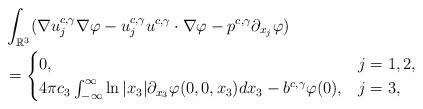
LaTeX: \begin{align*}&\int_{\mathbb{R}^{3}}(\nabla u_{j}^{c,\gamma}\nabla\varphi-u^{c,\gamma}_{j}u^{c,\gamma}\cdot\nabla\varphi-p^{c,\gamma}\partial_{x_{j}}\varphi)\\&=\begin{cases}0,&j=1,2,\\4\pi c_{3}\int^{\infty}_{-\infty}\ln|x_{3}|\partial_{x_{3}}\varphi(0,0,x_{3})dx_{3}-b^{c,\gamma}\varphi(0),&j=3,\end{cases}\end{align*}